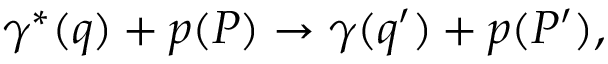
\gamma ^ { * } ( q ) + p ( P ) \rightarrow \gamma ( q ^ { \prime } ) + p ( P ^ { \prime } ) ,